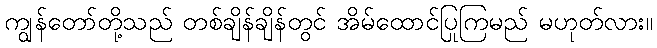
ကျွန်တော်တို့သည် တစ်ချိန်ချိန်တွင် အိမ်ထောင်ပြုကြမည် မဟုတ်လား။